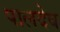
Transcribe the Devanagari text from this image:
पालदेव